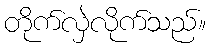
တိုက်လှဲလိုက်သည်။